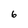
Character: 6